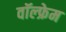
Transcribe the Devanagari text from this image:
वॉल्फ्रेम